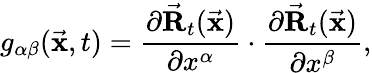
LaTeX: g_{\alpha\beta}(\vec{\mathbf x},t)=\frac{\partial\vec{\mathbf R}_{t}(\vec{\mathbf x})}{\partial x^{\alpha}}\cdot\frac{\partial\vec{\mathbf R}_{t}(\vec{\mathbf x})}{\partial x^{\beta}},